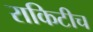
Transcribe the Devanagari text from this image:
राकिटीच